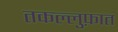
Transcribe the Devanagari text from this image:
तकल्लुफ़ात